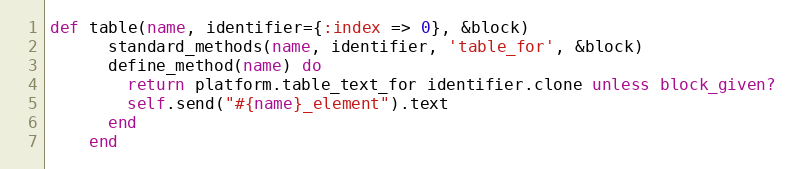
Language: Ruby
def table(name, identifier={:index => 0}, &block)
      standard_methods(name, identifier, 'table_for', &block)
      define_method(name) do
        return platform.table_text_for identifier.clone unless block_given?
        self.send("#{name}_element").text
      end
    end